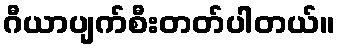
ဂီယာပျက်စီးတတ်ပါတယ်။